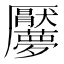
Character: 𱘬